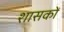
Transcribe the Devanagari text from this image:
शासकोँ